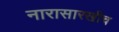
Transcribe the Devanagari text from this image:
नारासारखीच